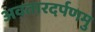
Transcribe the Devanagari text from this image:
अवतारदर्पणमु